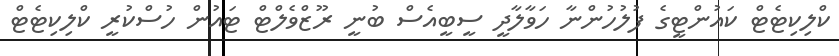
ކްލިކިޓެޓް ކައުންޓީގެ ފުލުހުންނާ ހަވާލާދީ ސީބީއެސް ބުނީ ރޫޒްވެލްޓް ޓައުން ހުސްކުރީ ކްލިކިޓެޓް